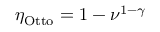
\eta _ { \mathrm { O t t o } } = 1 - \nu ^ { 1 - \gamma }